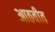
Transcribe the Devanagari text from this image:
आठवीत